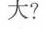
大?